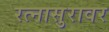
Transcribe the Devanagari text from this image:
रत्नासुरावर